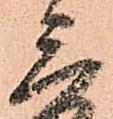
三